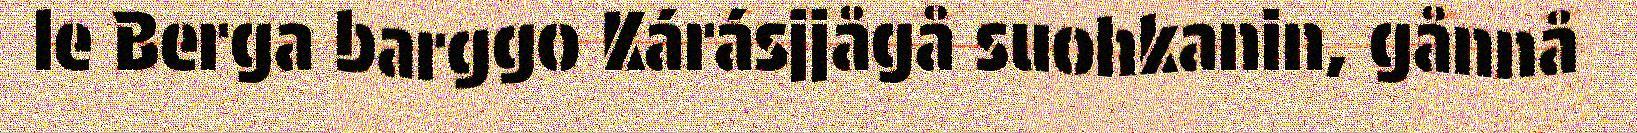
le Berga barggo Kárásjjågå suohkanin, gånnå